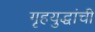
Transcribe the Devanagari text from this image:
गृहयुद्धांची